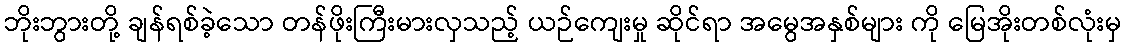
ဘိုးဘွားတို့ ချန်ရစ်ခဲ့သော တန်ဖိုးကြီးမားလှသည့် ယဉ်ကျေးမှု ဆိုင်ရာ အမွေအနှစ်များ ကို မြေအိုးတစ်လုံးမှ